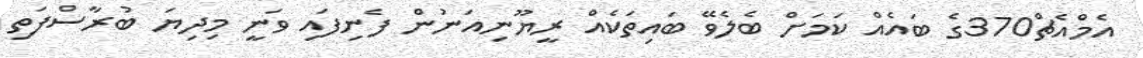
އެމްއެޗް370ގެ ބައެއް ކަމަށް ބެލެވޭ ބައިތަކެއް ރީޔޫނިއަނުން ފެނިފައި ވަނީ މިދިޔަ ބުރާސްފަތި